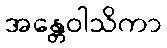
အန္တေဝါသိကာ